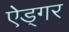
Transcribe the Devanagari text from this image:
ऐड्गर